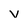
Character: V